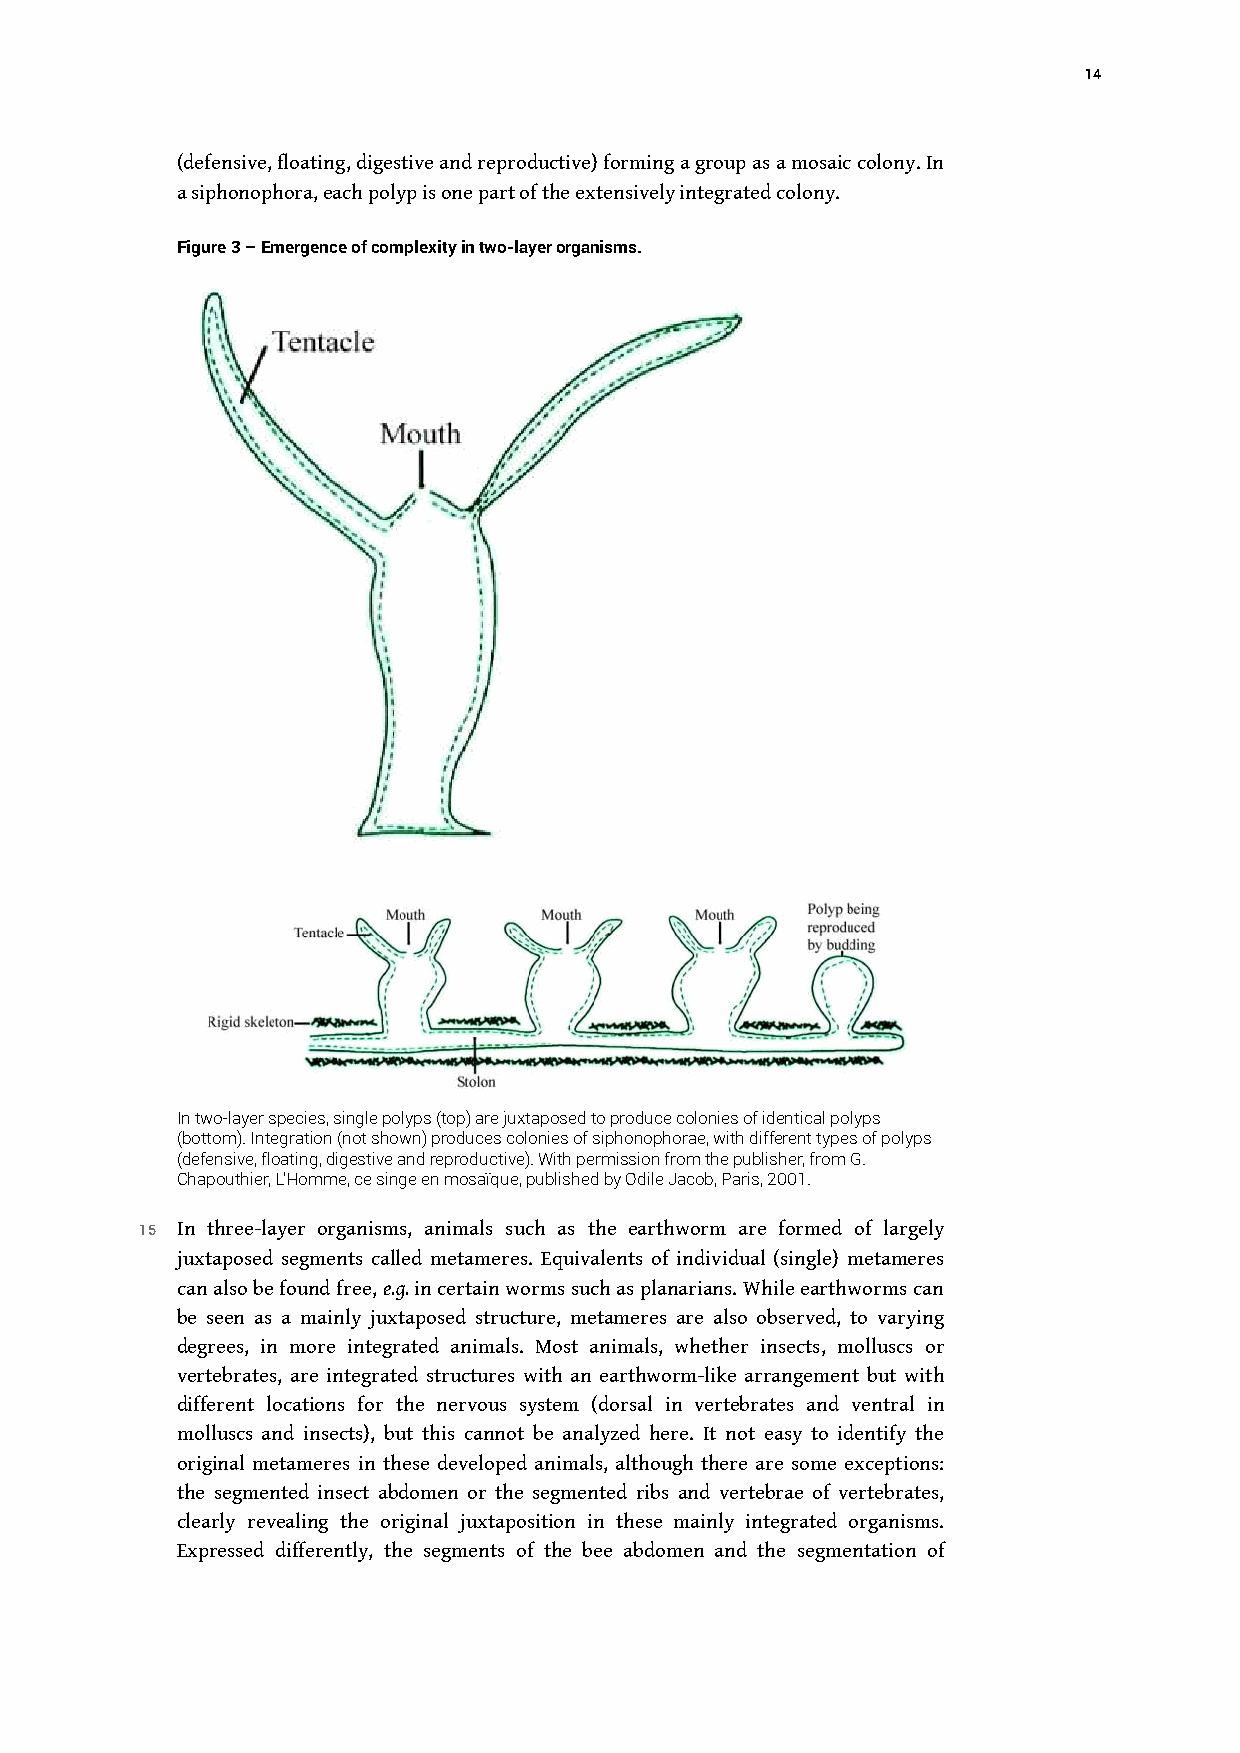
14
 (defensive, floating, digestive and reproductive) forming a group as a mosaic colony. In
 a siphonophora, each polyp is one part of the extensively integrated colony.
 Figure 3 – Emergence of complexity in two-layer organisms.
 In two-layer species, single polyps (top) are juxtaposed to produce colonies of identical polyps
 (bottom). Integration (not shown) produces colonies of siphonophorae, with different types of polyps
 (defensive, floating, digestive and reproductive). With permission from the publisher, from G.
 Chapouthier, L’Homme, ce singe en mosaïque, published by Odile Jacob, Paris, 2001.
 15 In three-layer organisms, animals such as the earthworm are formed of largely
 juxtaposed segments called metameres. Equivalents of individual (single) metameres
 can also be found free, e.g. in certain worms such as planarians. While earthworms can
 be seen as a mainly juxtaposed structure, metameres are also observed, to varying
 degrees, in more integrated animals. Most animals, whether insects, molluscs or
 vertebrates, are integrated structures with an earthworm-like arrangement but with
 different locations for the nervous system (dorsal in vertebrates and ventral in
 molluscs and insects), but this cannot be analyzed here. It not easy to identify the
 original metameres in these developed animals, although there are some exceptions:
 the segmented insect abdomen or the segmented ribs and vertebrae of vertebrates,
 clearly revealing the original juxtaposition in these mainly integrated organisms.
 Expressed differently, the segments of the bee abdomen and the segmentation of